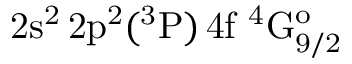
\mathrm { 2 s ^ { 2 } \, 2 p ^ { 2 } ( ^ { 3 } P ) \, 4 f ~ ^ { 4 } G _ { 9 / 2 } ^ { o } }